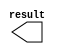
// megafunction wizard: %LPM_CONSTANT%VBB%
// GENERATION: STANDARD
// VERSION: WM1.0
// MODULE: LPM_CONSTANT 

// ============================================================
// Megafunction Name(s):
// 			LPM_CONSTANT
//
// Simulation Library Files(s):
// 			lpm
// ============================================================
// ************************************************************
// THIS IS A WIZARD-GENERATED FILE. DO NOT EDIT THIS FILE!
//
// 15.0.0 Build 145 04/22/2015 SJ Full Version
// ************************************************************

//Copyright (C) 1991-2015 Altera Corporation. All rights reserved.
//Your use of Altera Corporation's design tools, logic functions 
//and other software and tools, and its AMPP partner logic 
//functions, and any output files from any of the foregoing 
//(including device programming or simulation files), and any 
//associated documentation or information are expressly subject 
//to the terms and conditions of the Altera Program License 
//Subscription Agreement, the Altera Quartus II License Agreement,
//the Altera MegaCore Function License Agreement, or other 
//applicable license agreement, including, without limitation, 
//that your use is for the sole purpose of programming logic 
//devices manufactured by Altera and sold by Altera or its 
//authorized distributors.  Please refer to the applicable 
//agreement for further details.

module B_GAIN (
	result);

	output	[13:0]  result;

endmodule

// ============================================================
// CNX file retrieval info
// ============================================================
// Retrieval info: PRIVATE: INTENDED_DEVICE_FAMILY STRING "Stratix V"
// Retrieval info: PRIVATE: JTAG_ENABLED NUMERIC "1"
// Retrieval info: PRIVATE: JTAG_ID STRING "B"
// Retrieval info: PRIVATE: Radix NUMERIC "16"
// Retrieval info: PRIVATE: SYNTH_WRAPPER_GEN_POSTFIX STRING "0"
// Retrieval info: PRIVATE: Value NUMERIC "1040"
// Retrieval info: PRIVATE: nBit NUMERIC "14"
// Retrieval info: PRIVATE: new_diagram STRING "1"
// Retrieval info: LIBRARY: lpm lpm.lpm_components.all
// Retrieval info: CONSTANT: LPM_CVALUE NUMERIC "1040"
// Retrieval info: CONSTANT: LPM_HINT STRING "ENABLE_RUNTIME_MOD=YES, INSTANCE_NAME=B"
// Retrieval info: CONSTANT: LPM_TYPE STRING "LPM_CONSTANT"
// Retrieval info: CONSTANT: LPM_WIDTH NUMERIC "14"
// Retrieval info: USED_PORT: result 0 0 14 0 OUTPUT NODEFVAL "result[13..0]"
// Retrieval info: CONNECT: result 0 0 14 0 @result 0 0 14 0
// Retrieval info: GEN_FILE: TYPE_NORMAL B_GAIN.v TRUE
// Retrieval info: GEN_FILE: TYPE_NORMAL B_GAIN.inc FALSE
// Retrieval info: GEN_FILE: TYPE_NORMAL B_GAIN.cmp FALSE
// Retrieval info: GEN_FILE: TYPE_NORMAL B_GAIN.bsf FALSE
// Retrieval info: GEN_FILE: TYPE_NORMAL B_GAIN_inst.v FALSE
// Retrieval info: GEN_FILE: TYPE_NORMAL B_GAIN_bb.v TRUE
// Retrieval info: LIB_FILE: lpm